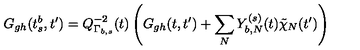
G _ { g h } ( t _ { s } ^ { b } , t ^ { \prime } ) = Q _ { \Gamma _ { b , s } } ^ { - 2 } ( t ) \left( G _ { g h } ( t , t ^ { \prime } ) + \sum _ { N } Y _ { b , N } ^ { ( s ) } ( t ) \tilde { \chi } _ { N } ( t ^ { \prime } ) \right)